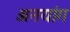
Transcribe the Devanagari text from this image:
अनयांग